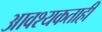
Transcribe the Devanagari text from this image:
आवश्यकताही